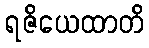
ရဇိယေထာတိ